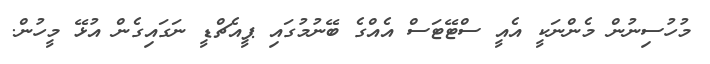
މުހުސިނުން މެންނަކީ އެއީ ސްޓޭޓަސް އެއްގެ ބޭނުމުގައި ޕީއެޗްޑީ ނަގައިގެން އުޅޭ މީހުން.